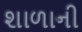
શાળાની